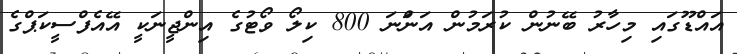
އައްޑޫގައި މިހާރު ބޭނުން ކުރަމުން އަންަނަ 800 ކިލޯ ވޯޓުގެ އިންޖީނަކީ އޭއެފްސީކަޕްގެ